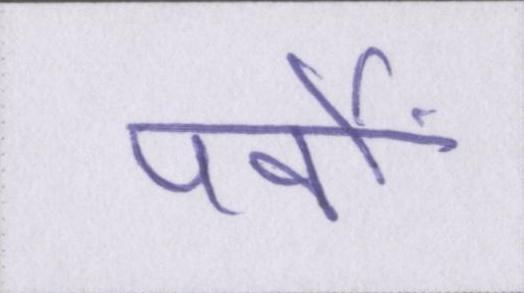
पर्वों